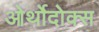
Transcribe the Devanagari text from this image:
ओर्थोदोक्स